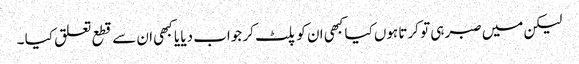
لیکن میں صبر ہی تو کرتا ہوں کیا کبھی ان کو پلٹ کر جواب دیا یا کبھی ان سے قطع تعلق کیا ۔